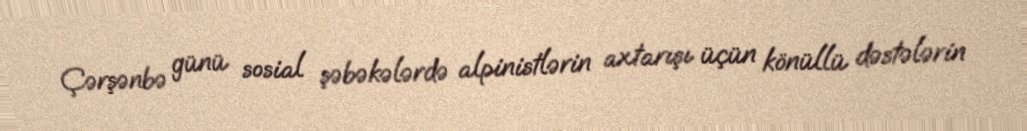
Çərşənbə günü sosial şəbəkələrdə alpinistlərin axtarışı üçün könüllü dəstələrin